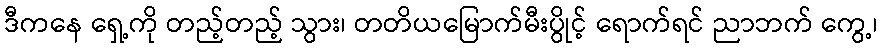
ဒီကနေ ရှေ့ကို တည့်တည့် သွား၊ တတိယမြောက်မီးပွိုင့် ရောက်ရင် ညာဘက် ကွေ့၊